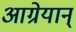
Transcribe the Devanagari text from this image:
आग्रेयान्